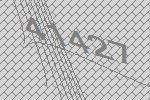
41427